Bombay plague: being a history of the progress of plague in the Bombay presidency from September 1896 to June 1899
Year: 1896
Disease focus: Plague
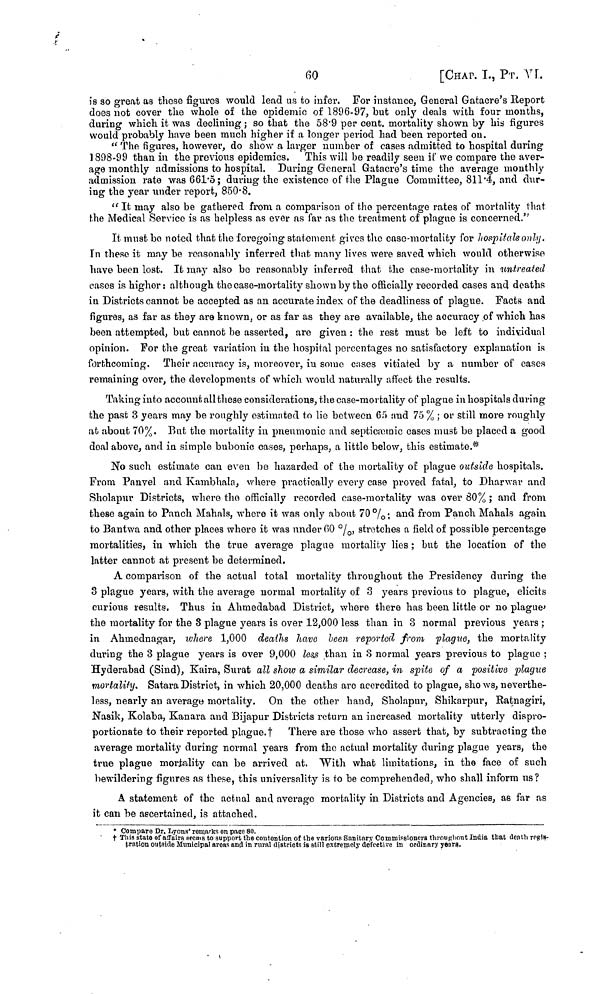
60
[CΗΑT. I., ΡT. VI.
is so great as these figures would lead us to infer. For instance, General Gatacre's Report
does not cover the whole of the epidemic of 1896-97, but only deals with four months,
during which it was declining ; so that the 58.9 per cent. mortality shown by his figures
would probably have been much higher if a longer period had been reported on.
" The figures, however, do show a larger number of cases admitted to hospital during
1898-99 than in the previous epidemics. This will be readily seen if we compare the aver-
age monthly admissions to hospital. During General Gatacre's time the average monthly
admission rate was 661.5; during the existence of the Plague Committee, 811.4, and dur-
ing the year under report, 850.8.
"It may also be gathered from a comparison of the percentage rates of mortality that
the Medical Service is as helpless as ever as far as the treatment of plague is concerned."
It must bo noted that the foregoing statement gives the case-mortality for hospitals only.
In these it may be reasonably inferred that many lives were saved which would otherwise
have been lost. It may also be reasonably inferred that the case-mortality in untreated
cases is higher: although the case-mortality shown by the officially recorded cases and deaths
in Districts cannot be accepted as an accurate index of the deadliness of plague. Facts and
figures, as far as they are known, or as far as they are available, the accuracy of which has
been attempted, but cannot be asserted, are given : the rest must be left to individual
opinion. For the groat variation in the hospital percentages no satisfactory explanation is
forthcoming. Their accuracy is, moreover, in some cases vitiated by a number of cases
remaining over, the developments of which would naturally affect the results.
Taking into account all these considerations, the case-mortality of plague in hospitals during
the past 3 years may be roughly cstimated to lie between 65 and 75 % ; or still more roughly
at about 70%. But the mortality in pneumonic and septicæmic cases must be placed a good
deal above, and in simple bubonic cases, perhaps, a little below, this estimate.*
No such estimate can even be hazarded of the mortality of plague outside hospitals.
From Panvel and Kambhala, where practically every case proved fatal, to Dharwar and
Sholapur Districts, where the officially recorded case-mortality was over 80% ; and from
these again to Panch Mahals, whore it was only about 70%; and from Panch Mahals again
to Bantwa and other places where it was under 60%, stretches a field of possible percentage
mortalities, in which the true average plague mortality lies ; but the location of the
latter cannot at present be determined.
A comparison of the actual total mortality throughout the Presidency during the
3 plague years, with the average normal mortality of 3 years previous to plague, elicits
curious results. Thus in Ahmedabad District, where there has been little or no plague
the mortality for the 8 plague years is over 12,000 less than in 3 normal previous years ;
in Ahrnednagar, where 1,000 deaths have been reported from plague, the mortality
during the 3 plague years is over 9,000 less than in 3 normal years previous to plague ;
Hyderabad (Sind), Kaira, Surat all show a similar decrease, in spite of a positive plague
mortality. Satara District, in which 20,000 deaths are accredited to plague, shows, neverthe-
less, nearly an average mortality. On the other hand, Sholapur, Shikarpur, Ratnagiri,
Nasik, Kolaba, Kanara and Bijapur Districts return an increased mortality utterly dispro-
portionate to their reported plague, † There are those who assert that, by subtracting the
average mortality during normal years from the actual mortality during plague years, the
true plague mortality can be arrived at. With what limitations, in the face of such
bewildering figures as these, this universality is to be comprehended, who shall inform us?
Δ statement of the actual and average mortality in Districts and Agencies, as far as
it can be ascertained, is attached.
* Compare Dr. Lyons' remarks on page 80.
† This state of affairs seems to support the coutonlion of the varions Sanitary Commissioners throughout India that death regis-
tration outside Municipal areas and in rural districts is still extremely defective in ordinary years.